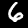
Label: 6